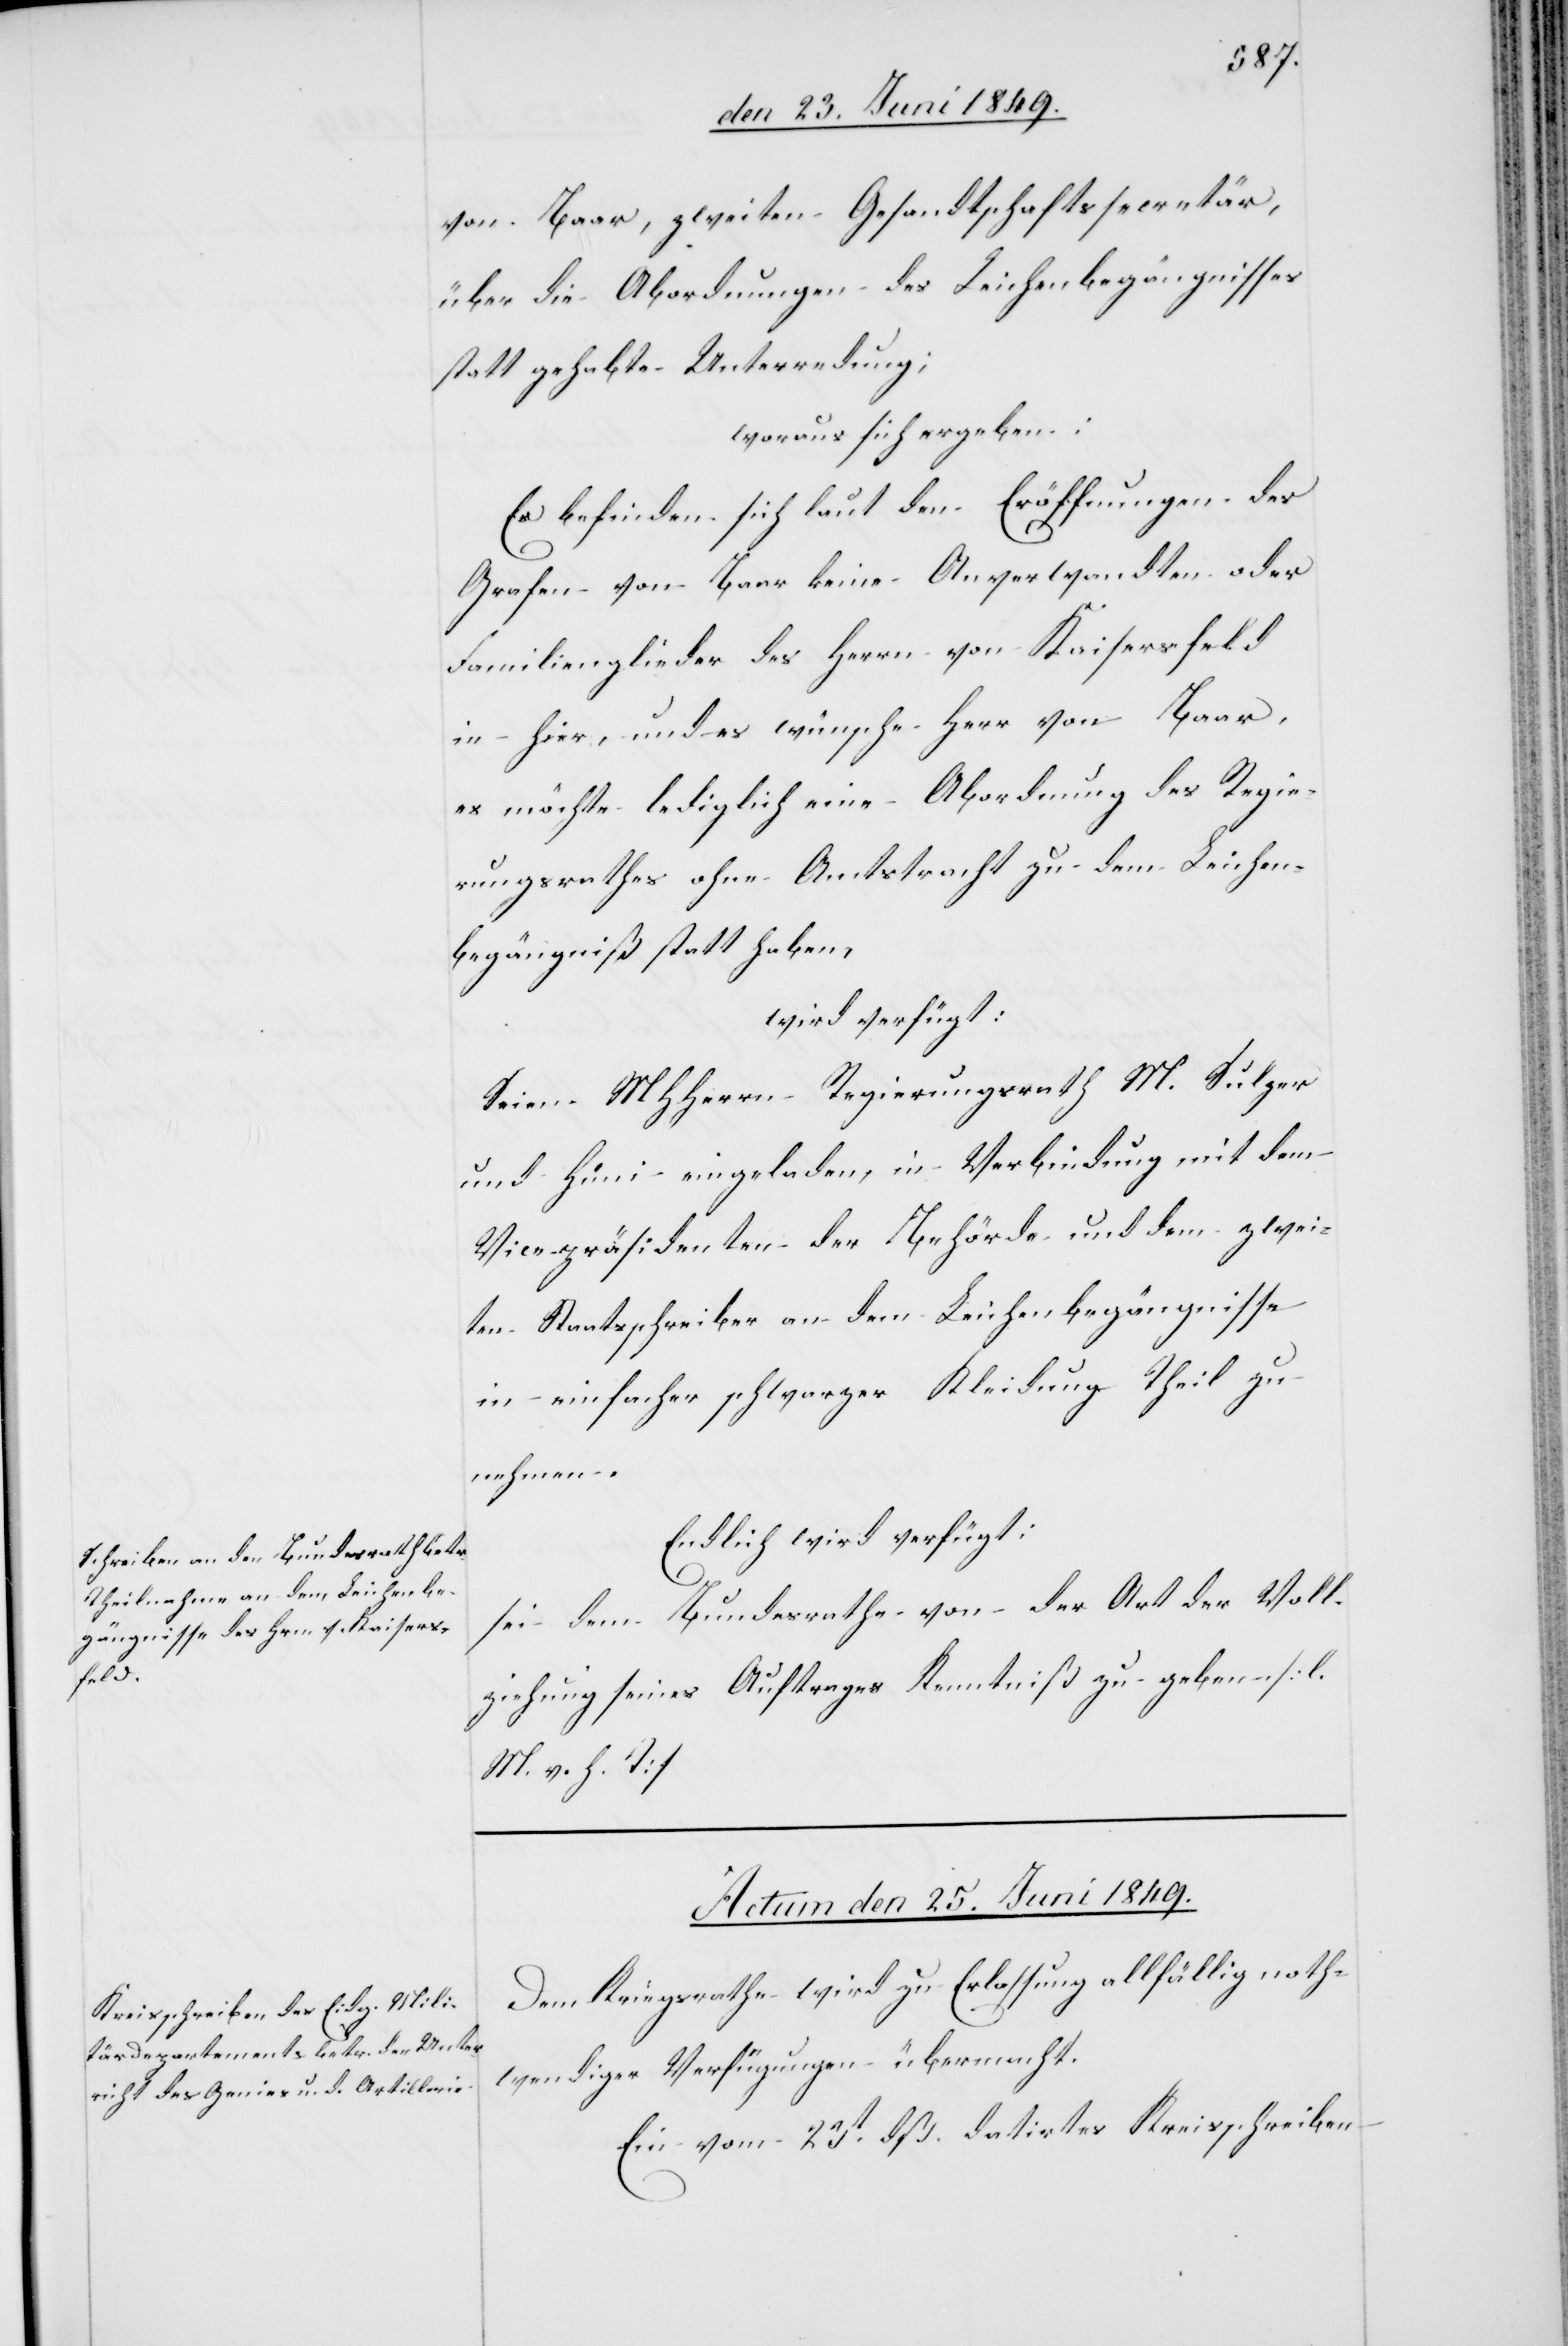
von Baar, zweiten Gesandtschaftssecretär,
über die Abordnungen des Leichenbegängnisses
statt gehabte Unterredung;
woraus sich ergeben:
Es befinden sich laut den Eröffnungen des
Grafen von Baar keine Anverwandten oder
Familienglieder des Herrn von Kaisersfeld
in hier, und es wünsche Herr von Baar,
es möchte lediglich eine Abordnung des Regie¬
rungsrathes ohne Amtstracht zu dem Leichen¬
begängniß statt haben,
wird verfügt:
Seien MHHerrn Regierungsrath M. Sulzer
und Hüni eingeladen, in Verbindung mit dem
Vicepräsidenten der Behörde und dem zwei¬
ten Staatsschreiber an dem Leichenbegängnisse
in einfacher schwarzer Kleidung Theil zu
nehmen.
Endlich wird verfügt:
sei dem Bundesrathe von der Art der Voll¬
ziehung seines Auftrages Kenntniß zu geben [l.
M. h. T][.]
Actum den 25. Juni 1849.
Dem Kriegsrathe wird zur Erlassung allfällig noth¬
wendiger Verfügungen übermacht.
Ein vom 23t dß. datirtes Kreisschreiben